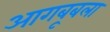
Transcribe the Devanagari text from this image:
आगबूबला